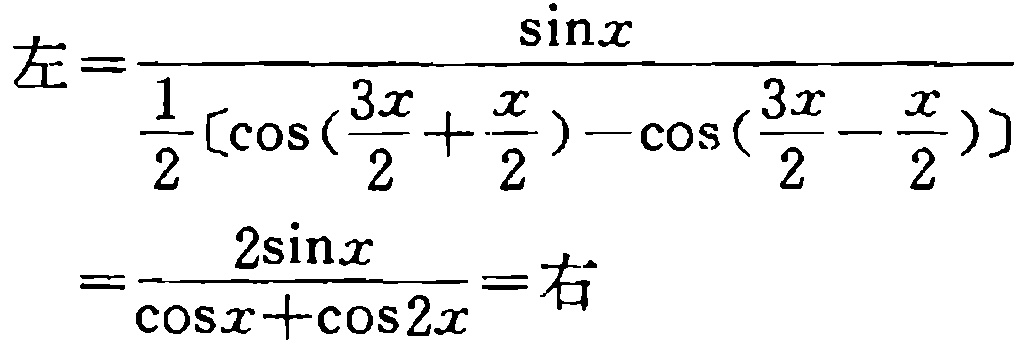
\[
\begin{align*}
左&=\frac{\sin x}{\frac{1}{2}[\cos(\frac{3x}{2}+\frac{x}{2}) - \cos(\frac{3x}{2}-\frac{x}{2})]}\\
&=\frac{2\sin x}{\cos x+\cos 2x}=右
\end{align*}
\]